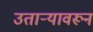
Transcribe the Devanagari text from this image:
उताऱ्यावरून